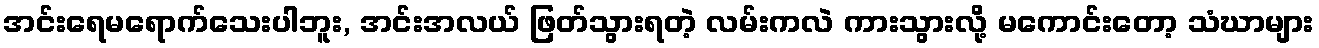
အင်းရေမရောက်သေးပါဘူး, အင်းအလယ် ဖြတ်သွားရတဲ့ လမ်းကလဲ ကားသွားလို့ မကောင်းတော့ သံဃာများ